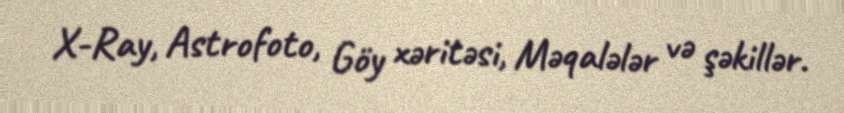
X-Ray, Astrofoto, Göy xəritəsi, Məqalələr və şəkillər.